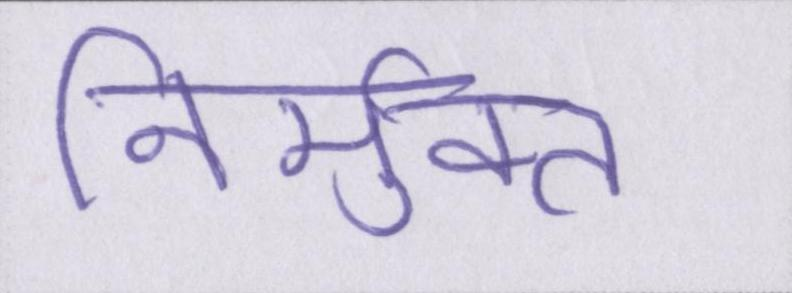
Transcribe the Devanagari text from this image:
निर्मुक्त